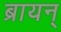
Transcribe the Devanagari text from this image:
ब्रायन्